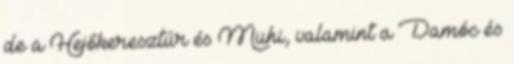
de a Hejőkeresztúr és Muhi, valamint a Damóc és